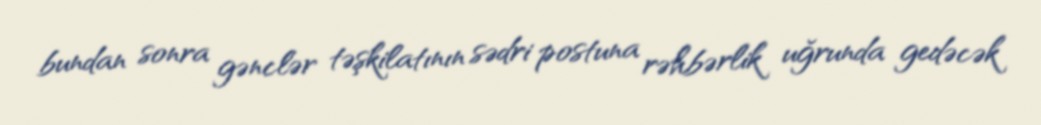
bundan sonra gənclər təşkilatının sədri postuna rəhbərlik uğrunda gedəcək